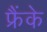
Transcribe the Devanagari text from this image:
फ्रैंके